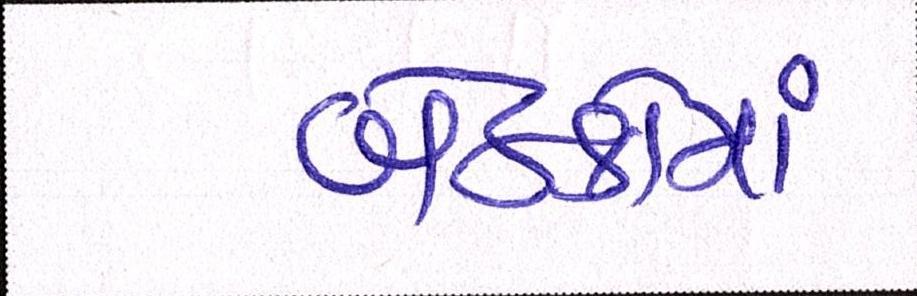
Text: બેઠકોમાં